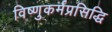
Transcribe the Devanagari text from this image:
विष्णुकर्मप्रसिद्धि